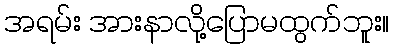
အရမ်း အားနာလို့ပြောမထွက်ဘူး။